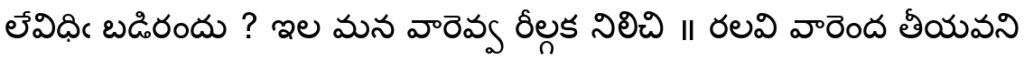
లేవిధిఁ బడిరందు ? ఇల మన వారెవ్వ రీల్గక నిలిచి ॥ రలవి వారెంద తీయవని